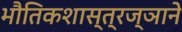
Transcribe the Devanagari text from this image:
भौतिकशास्त्रज्ञाने